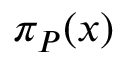
\pi _ { P } ( x )